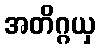
အတိဂ္ဂယှ